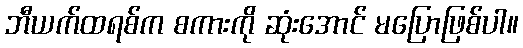
ဘီယက်ထရစ်က စကားကို ဆုံးအောင် မပြောဖြစ်ပါ။